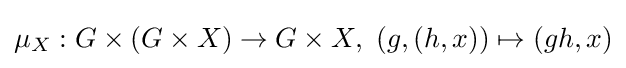
\mu _{X}:G\times (G\times X)\to G\times X,\,\,(g,(h,x))\mapsto (gh,x)